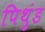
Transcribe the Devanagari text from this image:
पिथुंड